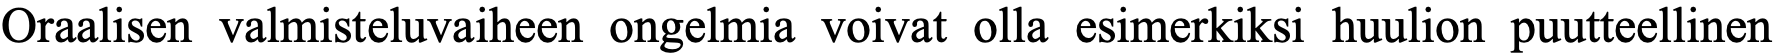
Oraalisen valmisteluvaiheen ongelmia voivat olla esimerkiksi huulion puutteellinen